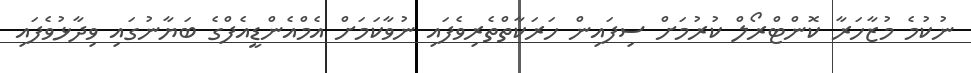
ނުކުމެ މުޒާހަރާ ކޮންޓްރޯލް ކުރުމަށް ސިފައިން ހަރަކާތްތެރިވެފައި ނުވާކަމަށް އެމްއެންޑީއެފްގެ ބަޔާނުގައި ވިދާޅުވެފައި